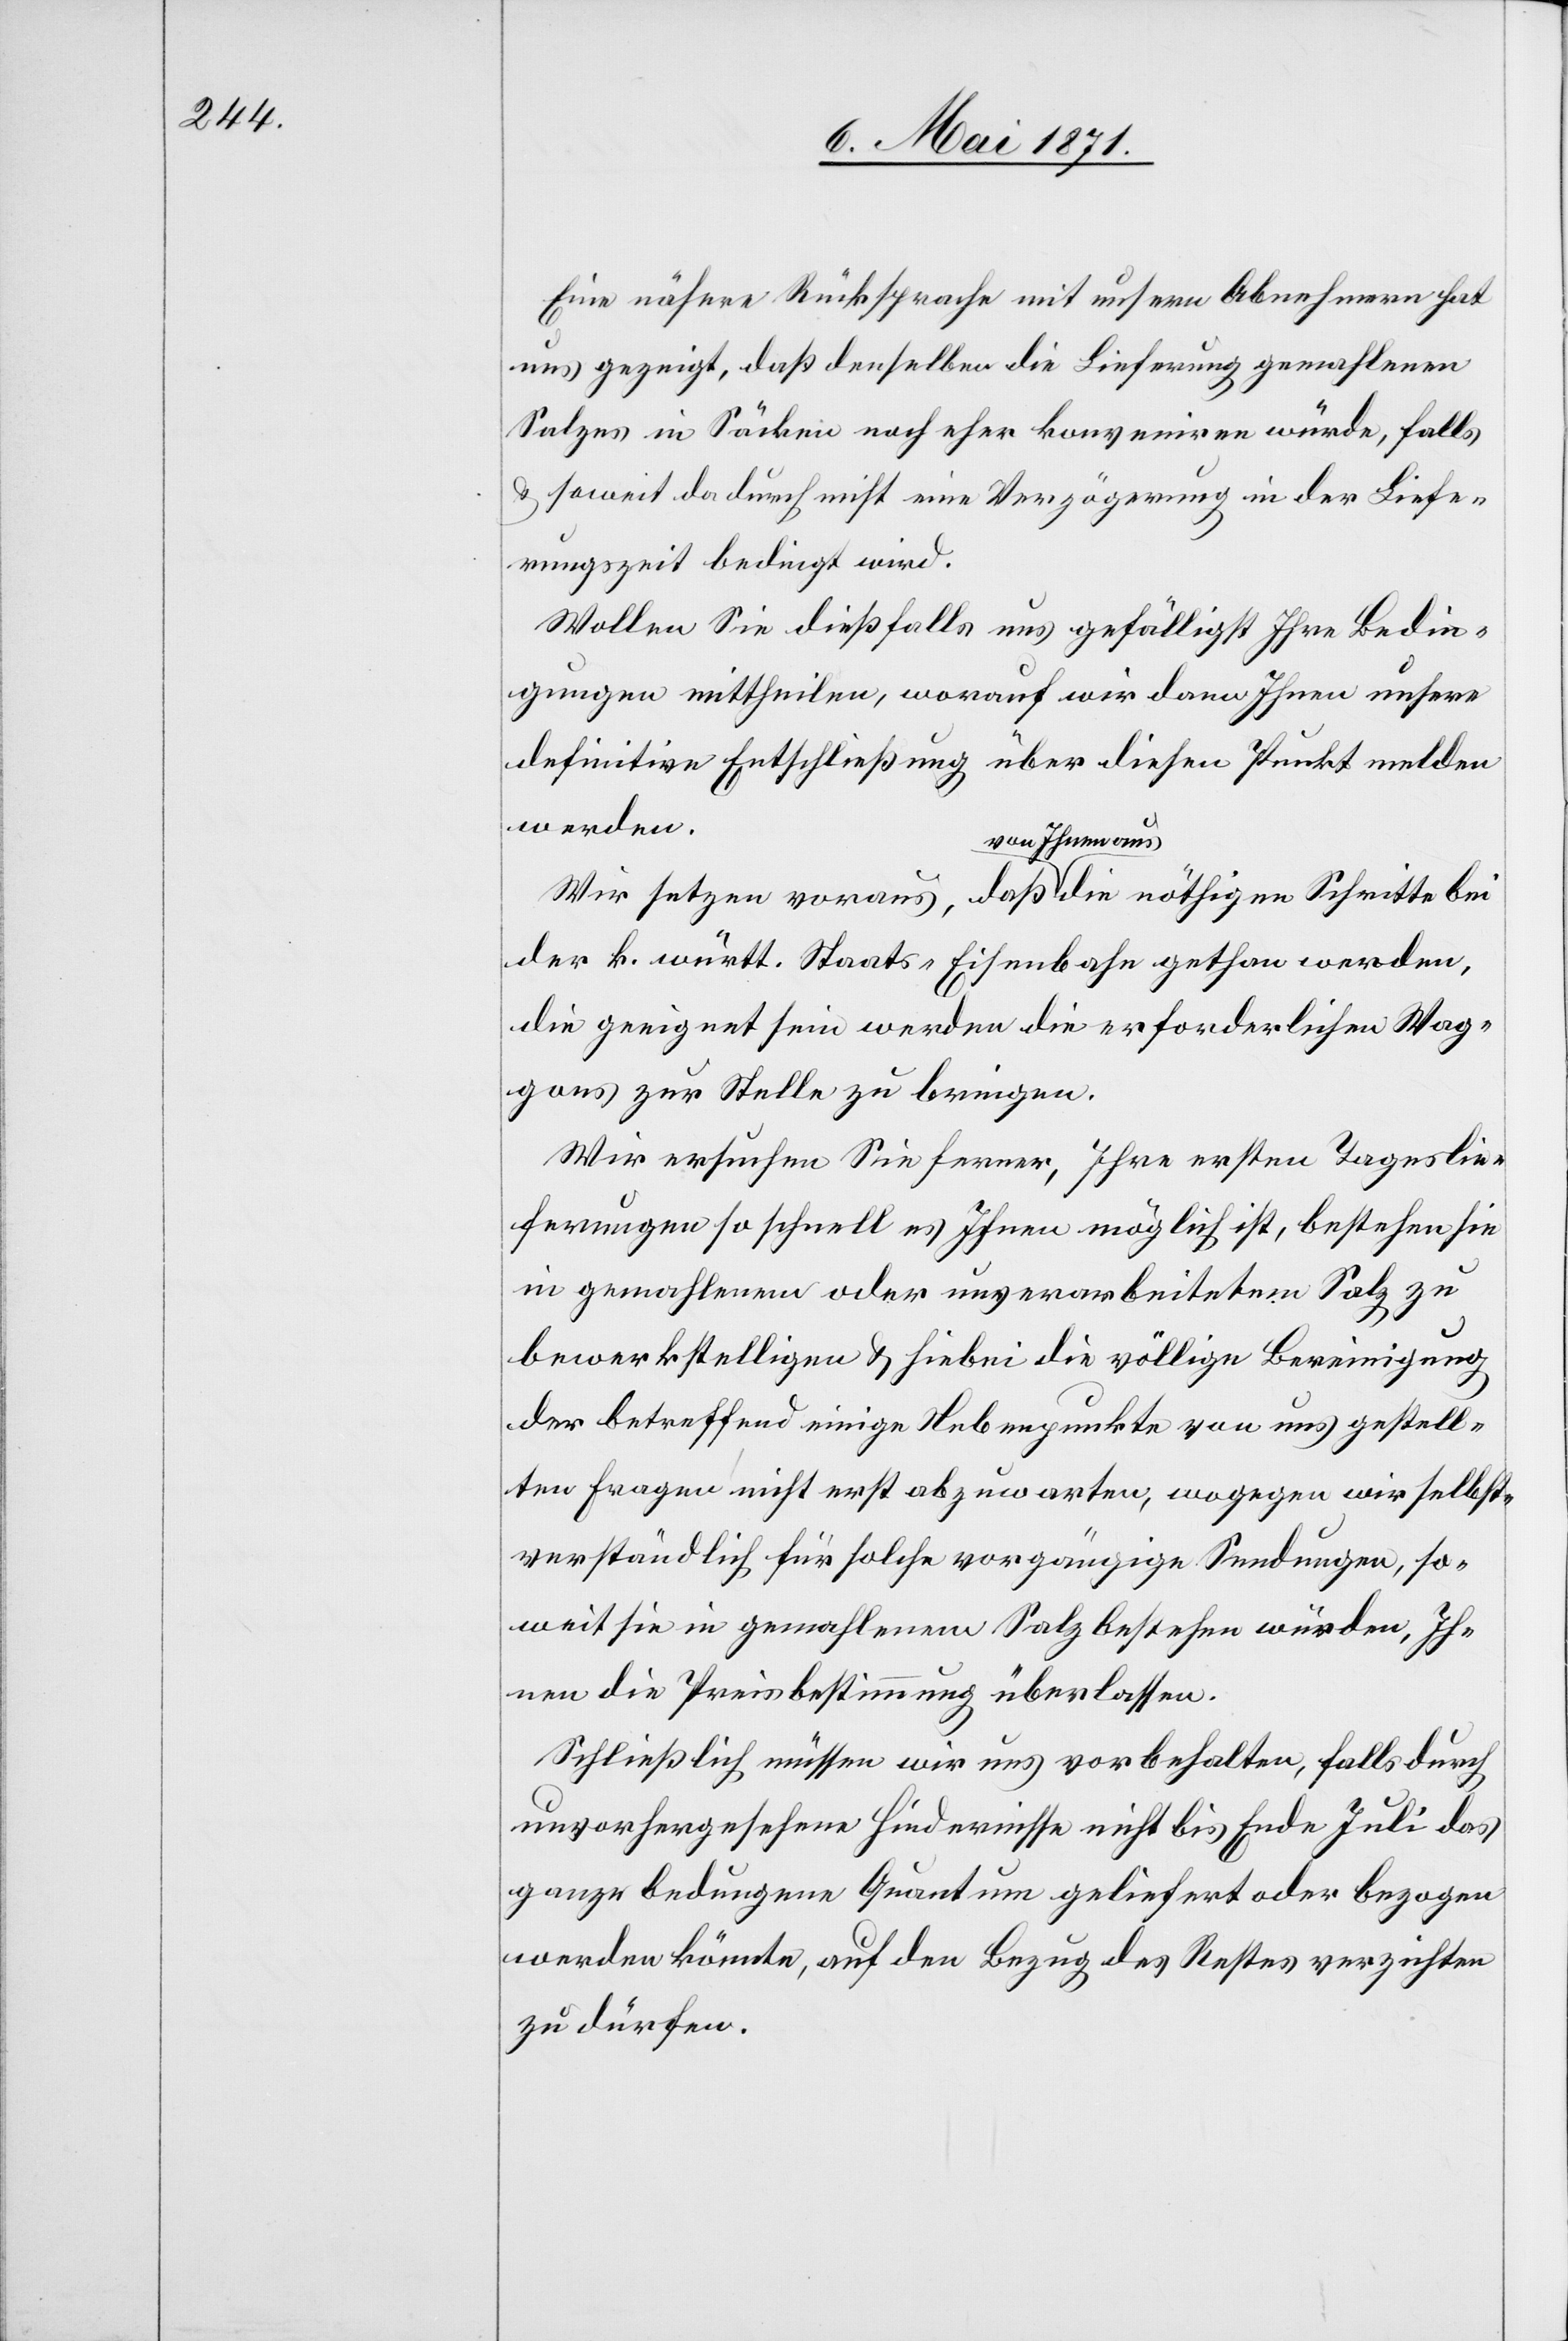
Eine nähere Rücksprache mit unsern Abnehmern hat
uns gezeigt, daß denselben die Lieferung gemahlenen
Salzes in Säcken noch eher konveniren würde, falls
u. somit da durch nicht eine Verzögerung in der Liefe¬
rungszeit beding wird.
Wollen Sie dießfalls uns gefälligst Ihre Bedin¬
gungen mittheilen, worauf wir dann Ihnen unsere
definitive Entschließung über diesen Punkt melden
werden.
Wir setzen voraus, daß von Ihnen aus die nöthigen Schritte bei
der k. württ. Staats- Eisenbahn gethan werden,
die geeignet sein werden die erforderlichen Wag¬
gons zur Stelle zu bringen.
Wir ersuchen Sie ferner, Ihre ersten Tageslie¬
ferungen so schnell es Ihnen möglich ist, bestehen sie
in gemahlenem oder unverarbeitetem Salz zu
bewerkstelligen u. hiebei die völlige Bereinigung
der betreffend einige Nebenpunkte von uns gestell¬
ten Fragen nicht erst abzuwarten, wogegen wir selbst¬
verständlich für solche vorgängige Sendungen, so¬
weit sie in gemahlenem Salz bestehen würden, Ih¬
nen die Preisbestimmung überlassen.
Schließlich müssen wir uns vorbehalten, falls durch
unvorhergesehene Hindernisse nicht bis Ende Juli das
ganze bedungene Quantum geliefert oder bezogen
werden könnte, auf den Bezug des Restes verzichten
zu dürfen.